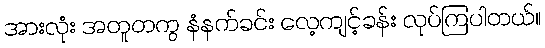
အားလုံး အတူတကွ နံနက်ခင်း လေ့ကျင့်ခန်း လုပ်ကြပါတယ်။